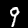
Digit: 9